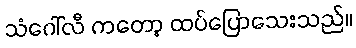
သံဂေါ်လီ ကတော့ ထပ်ပြောသေးသည်။